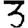
Digit: 3